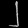
Digit: ၂